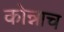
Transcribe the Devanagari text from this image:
कोन्नाच